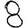
Digit: 8